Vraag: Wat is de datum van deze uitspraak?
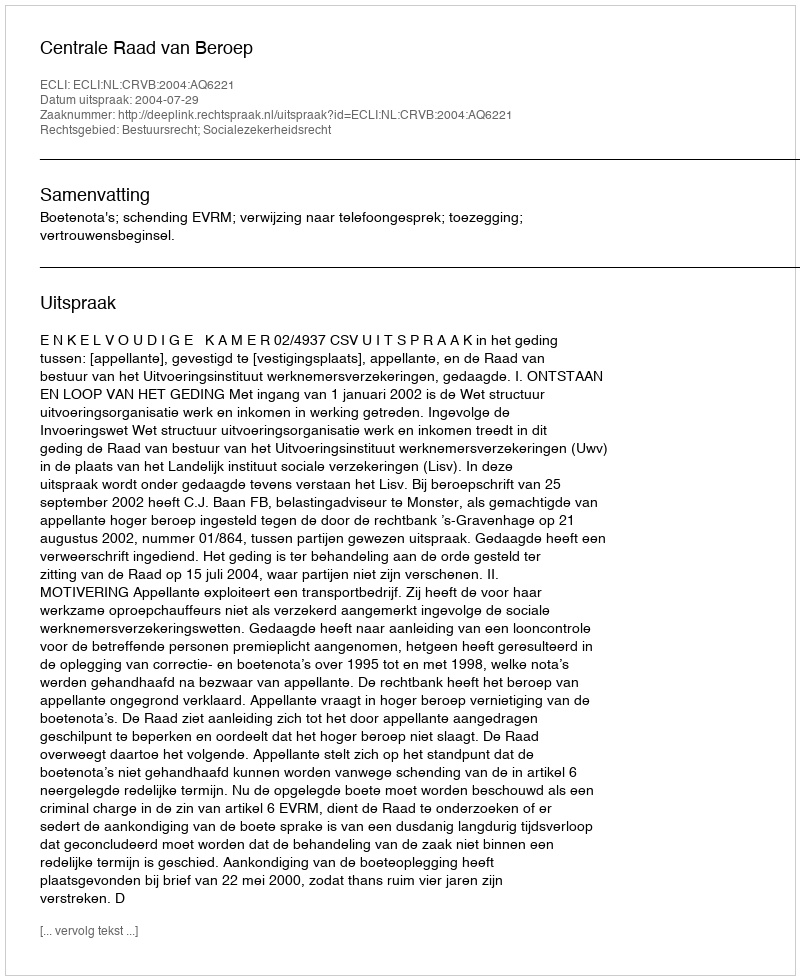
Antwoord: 2004-07-29